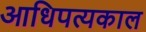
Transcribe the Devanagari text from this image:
आधिपत्यकाल